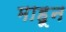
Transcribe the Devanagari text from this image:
माहून